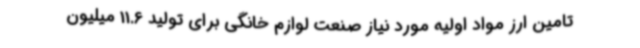
تامین ارز مواد اولیه مورد نیاز صنعت لوازم خانگی برای تولید 11.6 میلیون